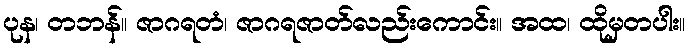
ပုန၊ တဘန်။ ဇာဂရတံ၊ ဇာဂရဇာတ်လည်းကောင်း။ အထ၊ ထိုမှတပါး။